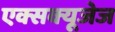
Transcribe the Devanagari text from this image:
एक्सक्यूजेज